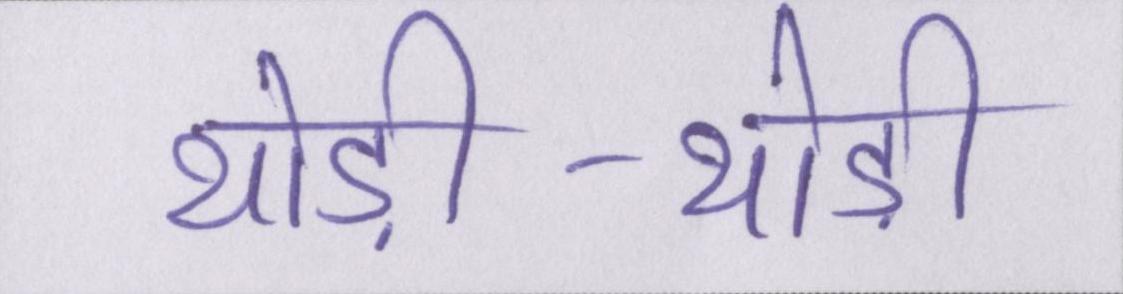
थोड़ी-थोड़ी